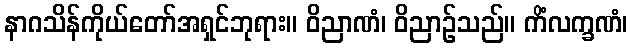
နာဂသိန်ကိုယ်တော်အရှင်ဘုရား။ ဝိညာဏံ၊ ဝိညာဉ်သည်။ ကိံလက္ခဏံ၊